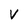
Character: V